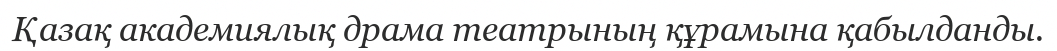
Қазақ академиялық драма театрының құрамына қабылданды.